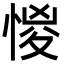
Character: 惾